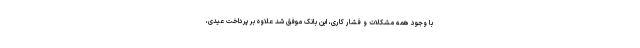
با وجود همه مشکلات و فشار کاری، این بانک موفق شد علاوه بر پرداخت عیدی،